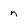
Character: n